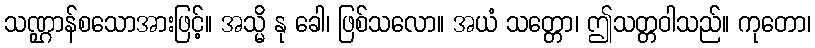
သဏ္ဌာန်စသောအားဖြင့်။ အသ္မိ နု ခေါ၊ ဖြစ်သလော။ အယံ သတ္တော၊ ဤသတ္တဝါသည်။ ကုတော၊